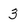
Character: 3